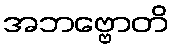
အဘဗ္ဗောတိ